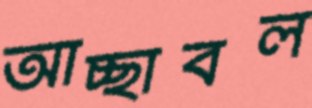
আচ্ছাবল